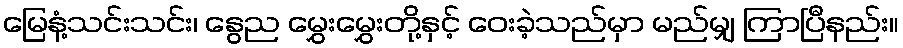
မြေနံ့သင်းသင်း၊ နွေည မွှေးမွှေးတို့နှင့် ဝေးခဲ့သည်မှာ မည်မျှ ကြာပြီနည်း။